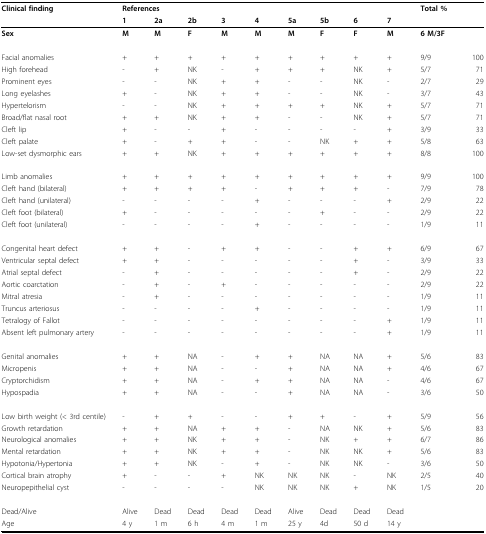
<table><thead><tr><td><b>Clinical finding</b></td><td colspan="9"><b>References</b></td><td colspan="2"><b>Total %</b></td></tr><tr><td>[EMPTY_CELL]</td><td><b>1</b></td><td><b>2a</b></td><td><b>2b</b></td><td><b>3</b></td><td><b>4</b></td><td><b>5a</b></td><td><b>5b</b></td><td><b>6</b></td><td><b>7</b></td><td>[EMPTY_CELL]</td><td>[EMPTY_CELL]</td></tr></thead><tbody><tr><td><b>Sex</b></td><td><b>M</b></td><td><b>M</b></td><td><b>F</b></td><td><b>M</b></td><td><b>M</b></td><td><b>M</b></td><td><b>F</b></td><td><b>F</b></td><td><b>M</b></td><td><b>6 M/3F</b></td><td>[EMPTY_CELL]</td></tr><tr><td>Facial anomalies</td><td>+</td><td>+</td><td>+</td><td>+</td><td>+</td><td>+</td><td>+</td><td>+</td><td>+</td><td>9/9</td><td>100</td></tr><tr><td>High forehead</td><td>-</td><td>+</td><td>NK</td><td>-</td><td>+</td><td>+</td><td>+</td><td>NK</td><td>+</td><td>5/7</td><td>71</td></tr><tr><td>Prominent eyes</td><td>-</td><td>-</td><td>NK</td><td>+</td><td>+</td><td>-</td><td>-</td><td>NK</td><td>-</td><td>2/7</td><td>29</td></tr><tr><td>Long eyelashes</td><td>+</td><td>-</td><td>NK</td><td>+</td><td>+</td><td>-</td><td>-</td><td>NK</td><td>-</td><td>3/7</td><td>43</td></tr><tr><td>Hypertelorism</td><td>-</td><td>-</td><td>NK</td><td>+</td><td>+</td><td>+</td><td>+</td><td>NK</td><td>+</td><td>5/7</td><td>71</td></tr><tr><td>Broad/flat nasal root</td><td>+</td><td>+</td><td>NK</td><td>+</td><td>+</td><td>-</td><td>-</td><td>NK</td><td>+</td><td>5/7</td><td>71</td></tr><tr><td>Cleft lip</td><td>+</td><td>-</td><td>-</td><td>+</td><td>-</td><td>-</td><td>-</td><td>-</td><td>+</td><td>3/9</td><td>33</td></tr><tr><td>Cleft palate</td><td>+</td><td>-</td><td>+</td><td>+</td><td>-</td><td>-</td><td>NK</td><td>+</td><td>+</td><td>5/8</td><td>63</td></tr><tr><td>Low-set dysmorphic ears</td><td>+</td><td>+</td><td>NK</td><td>+</td><td>+</td><td>+</td><td>+</td><td>+</td><td>+</td><td>8/8</td><td>100</td></tr><tr><td>Limb anomalies</td><td>+</td><td>+</td><td>+</td><td>+</td><td>+</td><td>+</td><td>+</td><td>+</td><td>+</td><td>9/9</td><td>100</td></tr><tr><td>Cleft hand (bilateral)</td><td>+</td><td>+</td><td>+</td><td>+</td><td>-</td><td>+</td><td>+</td><td>+</td><td>-</td><td>7/9</td><td>78</td></tr><tr><td>Cleft hand (unilateral)</td><td>-</td><td>-</td><td>-</td><td>-</td><td>+</td><td>-</td><td>-</td><td>-</td><td>+</td><td>2/9</td><td>22</td></tr><tr><td>Cleft foot (bilateral)</td><td>+</td><td>-</td><td>-</td><td>-</td><td>-</td><td>-</td><td>+</td><td>-</td><td>-</td><td>2/9</td><td>22</td></tr><tr><td>Cleft foot (unilateral)</td><td>-</td><td>-</td><td>-</td><td>-</td><td>+</td><td>-</td><td>-</td><td>-</td><td>-</td><td>1/9</td><td>11</td></tr><tr><td>Congenital heart defect</td><td>+</td><td>+</td><td>-</td><td>+</td><td>+</td><td>-</td><td>-</td><td>+</td><td>+</td><td>6/9</td><td>67</td></tr><tr><td>Ventricular septal defect</td><td>+</td><td>+</td><td>-</td><td>-</td><td>-</td><td>-</td><td>-</td><td>+</td><td>-</td><td>3/9</td><td>33</td></tr><tr><td>Atrial septal defect</td><td>-</td><td>+</td><td>-</td><td>-</td><td>-</td><td>-</td><td>-</td><td>+</td><td>-</td><td>2/9</td><td>22</td></tr><tr><td>Aortic coarctation</td><td>-</td><td>+</td><td>-</td><td>+</td><td>-</td><td>-</td><td>-</td><td>-</td><td>-</td><td>2/9</td><td>22</td></tr><tr><td>Mitral atresia</td><td>-</td><td>+</td><td>-</td><td>-</td><td>-</td><td>-</td><td>-</td><td>-</td><td>-</td><td>1/9</td><td>11</td></tr><tr><td>Truncus arteriosus</td><td>-</td><td>-</td><td>-</td><td>-</td><td>+</td><td>-</td><td>-</td><td>-</td><td>-</td><td>1/9</td><td>11</td></tr><tr><td>Tetralogy of Fallot</td><td>-</td><td>-</td><td>-</td><td>-</td><td>-</td><td>-</td><td>-</td><td>-</td><td>+</td><td>1/9</td><td>11</td></tr><tr><td>Absent left pulmonary artery</td><td>-</td><td>-</td><td>-</td><td>-</td><td>-</td><td>-</td><td>-</td><td>-</td><td>+</td><td>1/9</td><td>11</td></tr><tr><td>Genital anomalies</td><td>+</td><td>+</td><td>NA</td><td>-</td><td>+</td><td>+</td><td>NA</td><td>NA</td><td>+</td><td>5/6</td><td>83</td></tr><tr><td>Micropenis</td><td>+</td><td>+</td><td>NA</td><td>-</td><td>-</td><td>+</td><td>NA</td><td>NA</td><td>+</td><td>4/6</td><td>67</td></tr><tr><td>Cryptorchidism</td><td>+</td><td>+</td><td>NA</td><td>-</td><td>+</td><td>+</td><td>NA</td><td>NA</td><td>-</td><td>4/6</td><td>67</td></tr><tr><td>Hypospadia</td><td>+</td><td>+</td><td>NA</td><td>-</td><td>-</td><td>+</td><td>NA</td><td>NA</td><td>-</td><td>3/6</td><td>50</td></tr><tr><td>Low birth weight (&lt; 3rd centile)</td><td>-</td><td>+</td><td>+</td><td>-</td><td>-</td><td>+</td><td>+</td><td>-</td><td>+</td><td>5/9</td><td>56</td></tr><tr><td>Growth retardation</td><td>+</td><td>+</td><td>NA</td><td>+</td><td>+</td><td>-</td><td>NA</td><td>NK</td><td>+</td><td>5/6</td><td>83</td></tr><tr><td>Neurological anomalies</td><td>+</td><td>+</td><td>NK</td><td>+</td><td>+</td><td>-</td><td>NK</td><td>+</td><td>+</td><td>6/7</td><td>86</td></tr><tr><td>Mental retardation</td><td>+</td><td>+</td><td>NK</td><td>+</td><td>+</td><td>-</td><td>NK</td><td>NK</td><td>+</td><td>5/6</td><td>83</td></tr><tr><td>Hypotonia/Hypertonia</td><td>+</td><td>+</td><td>NK</td><td>-</td><td>+</td><td>-</td><td>NK</td><td>NK</td><td>-</td><td>3/6</td><td>50</td></tr><tr><td>Cortical brain atrophy</td><td>+</td><td>-</td><td>-</td><td>+</td><td>NK</td><td>NK</td><td>NK</td><td>-</td><td>NK</td><td>2/5</td><td>40</td></tr><tr><td>Neuropepithelial cyst</td><td>-</td><td>-</td><td>-</td><td>-</td><td>NK</td><td>NK</td><td>NK</td><td>+</td><td>NK</td><td>1/5</td><td>20</td></tr><tr><td>Dead/Alive</td><td>Alive</td><td>Dead</td><td>Dead</td><td>Dead</td><td>Dead</td><td>Alive</td><td>Dead</td><td>Dead</td><td>Dead</td><td>[EMPTY_CELL]</td><td>[EMPTY_CELL]</td></tr><tr><td>Age</td><td>4 y</td><td>1 m</td><td>6 h</td><td>4 m</td><td>1 m</td><td>25 y</td><td>4d</td><td>50 d</td><td>14 y</td><td>[EMPTY_CELL]</td><td>[EMPTY_CELL]</td></tr></tbody></table>